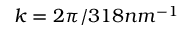
k = 2 \pi / 3 1 8 n m ^ { - 1 }